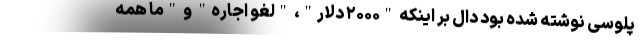
پلوسی نوشته شده بود دال بر اینکه "۲۰۰۰ دلار"، "لغو اجاره" و "ما همه